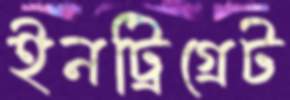
ইনট্রিগ্রেট